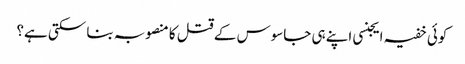
کوئی خفیہ ایجنسی اپنے ہی جاسوس کے قتل کا منصوبہ بنا سکتی ہے؟